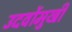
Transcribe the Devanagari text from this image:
उदर्वोमुखी